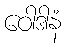
ဝေါဒါနံ